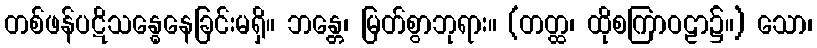
တစ်ဖန်ပဋိသန္ဓေနေခြင်းမရှိ။ ဘန္တေ၊ မြတ်စွာဘုရား။ (တတ္ထ၊ ထိုစကြာဝဠာ၌။) သော၊